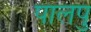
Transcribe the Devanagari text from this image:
पालपु